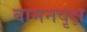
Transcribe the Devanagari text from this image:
वामनवृक्ष